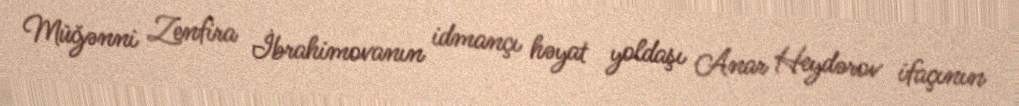
Müğənni Zenfira İbrahimovanın idmançı həyat yoldaşı Anar Heydərov ifaçının